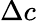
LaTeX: \Delta c